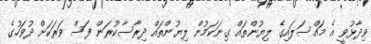
ވިދާޅުވީ އެ މައްސަލައިގެ ލިޔުންތައް ގިނަކަމުން ލިޔުންތައް ދިރާސާކުރަން ފަސް ވަރަކަށް ދުވަހުގެ